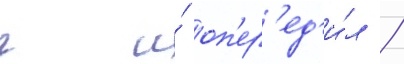
ч и́ оп'ер'ед'и́л /